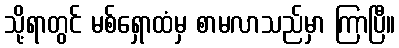
သို့ရာတွင် မစ်ရှောထံမှ စာမလာသည်မှာ ကြာပြီ။